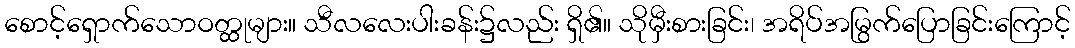
စောင့်ရှောက်သောဝတ္ထုများ။ သီလလေးပါးခန်း၌လည်း ရှိ၏။ သိုမှီးစားခြင်း၊ အရိပ်အမြွက်ပြောခြင်းကြောင့်